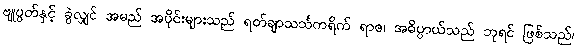
ဗျုပ္ပတ်နှင့် ခွဲလျှင် အမည် အပိုင်းများသည် ရတ်ချာသင်္သကရိက် ရာဇ၊ အဓိပ္ပာယ်သည် ဘုရင် ဖြစ်သည်၊